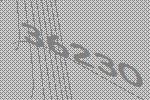
36230